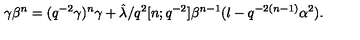
\gamma \beta ^ { n } = ( q ^ { - 2 } \gamma ) ^ { n } \gamma + \hat { \lambda } / q ^ { 2 } [ n ; q ^ { - 2 } ] \beta ^ { n - 1 } ( l - q ^ { - 2 ( n - 1 ) } \alpha ^ { 2 } ) .